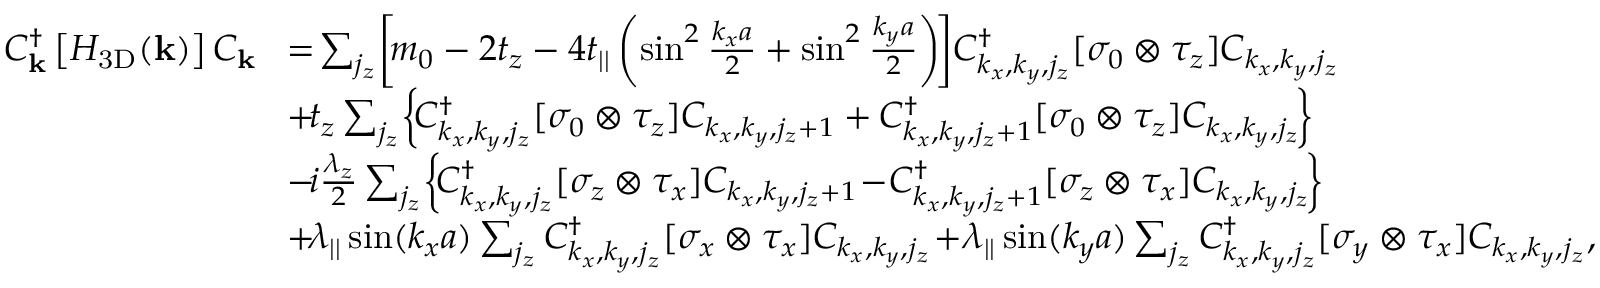
\begin{array} { r l } { C _ { { \bf k } } ^ { \dagger } \left[ { \cal H } _ { \mathrm { 3 D } } ( { \bf k } ) \right] C _ { { \bf k } } } & { \! = \! \sum _ { j _ { z } } \! \left[ \! m _ { 0 } - 2 t _ { z } - 4 t _ { | | } \left( \sin ^ { 2 } \frac { k _ { x } a } { 2 } + \sin ^ { 2 } \frac { k _ { y } a } { 2 } \right) \! \right] \! C _ { k _ { x } , k _ { y } , j _ { z } } ^ { \dagger } [ \sigma _ { 0 } \otimes \tau _ { z } ] C _ { k _ { x } , k _ { y } , j _ { z } } } \\ & { \! + \! t _ { z } \sum _ { j _ { z } } \! \left\{ \! C _ { k _ { x } , k _ { y } , j _ { z } } ^ { \dagger } [ \sigma _ { 0 } \otimes \tau _ { z } ] C _ { k _ { x } , k _ { y } , j _ { z } + 1 } + C _ { k _ { x } , k _ { y } , j _ { z } + 1 } ^ { \dagger } [ \sigma _ { 0 } \otimes \tau _ { z } ] C _ { k _ { x } , k _ { y } , j _ { z } } \! \right\} \! } \\ & { \! - \! i \frac { \lambda _ { z } } { 2 } \sum _ { j _ { z } } \! \left\{ \! C _ { k _ { x } , k _ { y } , j _ { z } } ^ { \dagger } [ \sigma _ { z } \otimes \tau _ { x } ] C _ { k _ { x } , k _ { y } , j _ { z } + 1 } \! - \! C _ { k _ { x } , k _ { y } , j _ { z } + 1 } ^ { \dagger } [ \sigma _ { z } \otimes \tau _ { x } ] C _ { k _ { x } , k _ { y } , j _ { z } } \! \right\} \! } \\ & { \! + \! \lambda _ { | | } \sin ( k _ { x } a ) \sum _ { j _ { z } } C _ { k _ { x } , k _ { y } , j _ { z } } ^ { \dagger } [ \sigma _ { x } \otimes \tau _ { x } ] C _ { k _ { x } , k _ { y } , j _ { z } } \! + \! \lambda _ { | | } \sin ( k _ { y } a ) \sum _ { j _ { z } } C _ { k _ { x } , k _ { y } , j _ { z } } ^ { \dagger } [ \sigma _ { y } \otimes \tau _ { x } ] C _ { k _ { x } , k _ { y } , j _ { z } } , } \end{array}